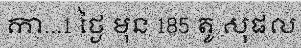
កា...1 ថ្ងៃ មុន 185 តូ សុផល